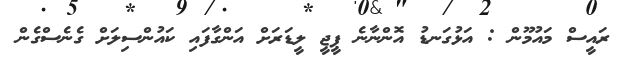
ރައީސް މައުމޫން : އަޅުގަނޑު އޮންނާނެ ޕީޖީ ލީޑަރަށް އަންގާފައި ކައުންސިލަށް ގެނެސްގެން